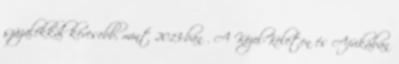
százalékkal kevesebb, mint 2013-ban . A Közel-Keleten és Afrikában